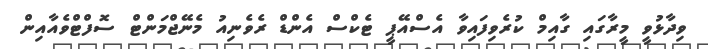
ވިދާޅުވީ މީރާގައި ގާއިމް ކުރެވިފައިވާ އެސްއޭޕީ ޓެކްސް އެންޑް ރެވެނިއު މެނޭޖްމަންޓް ސޮފްޓްވެއާއިން